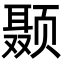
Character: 颞